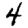
Digit: 4